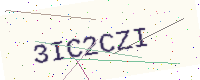
Text: 3IC2CZI